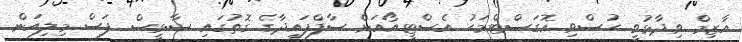
އާޒިމް ވިދާޅުވީ ހުސްވި އޮގަސްޓްމަހު އެސްޓީއޯއަށް ސާފްފައިދާގެ ގޮތުގައި ސާޅީސް ފަސް މިލިއަން